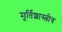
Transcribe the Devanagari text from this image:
मूर्तिशास्त्रीय